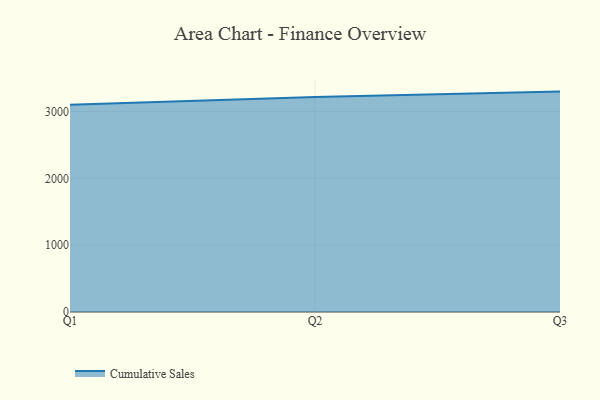
{"axis": {"x": "Quarter", "y": "Energy Usage (MWh)"}, "legend": ["Cumulative Sales"], "data": [{"x": "Q1", "y": 3100.1, "type": "Cumulative Sales"}, {"x": "Q2", "y": 3217.2, "type": "Cumulative Sales"}, {"x": "Q3", "y": 3297.5, "type": "Cumulative Sales"}]}